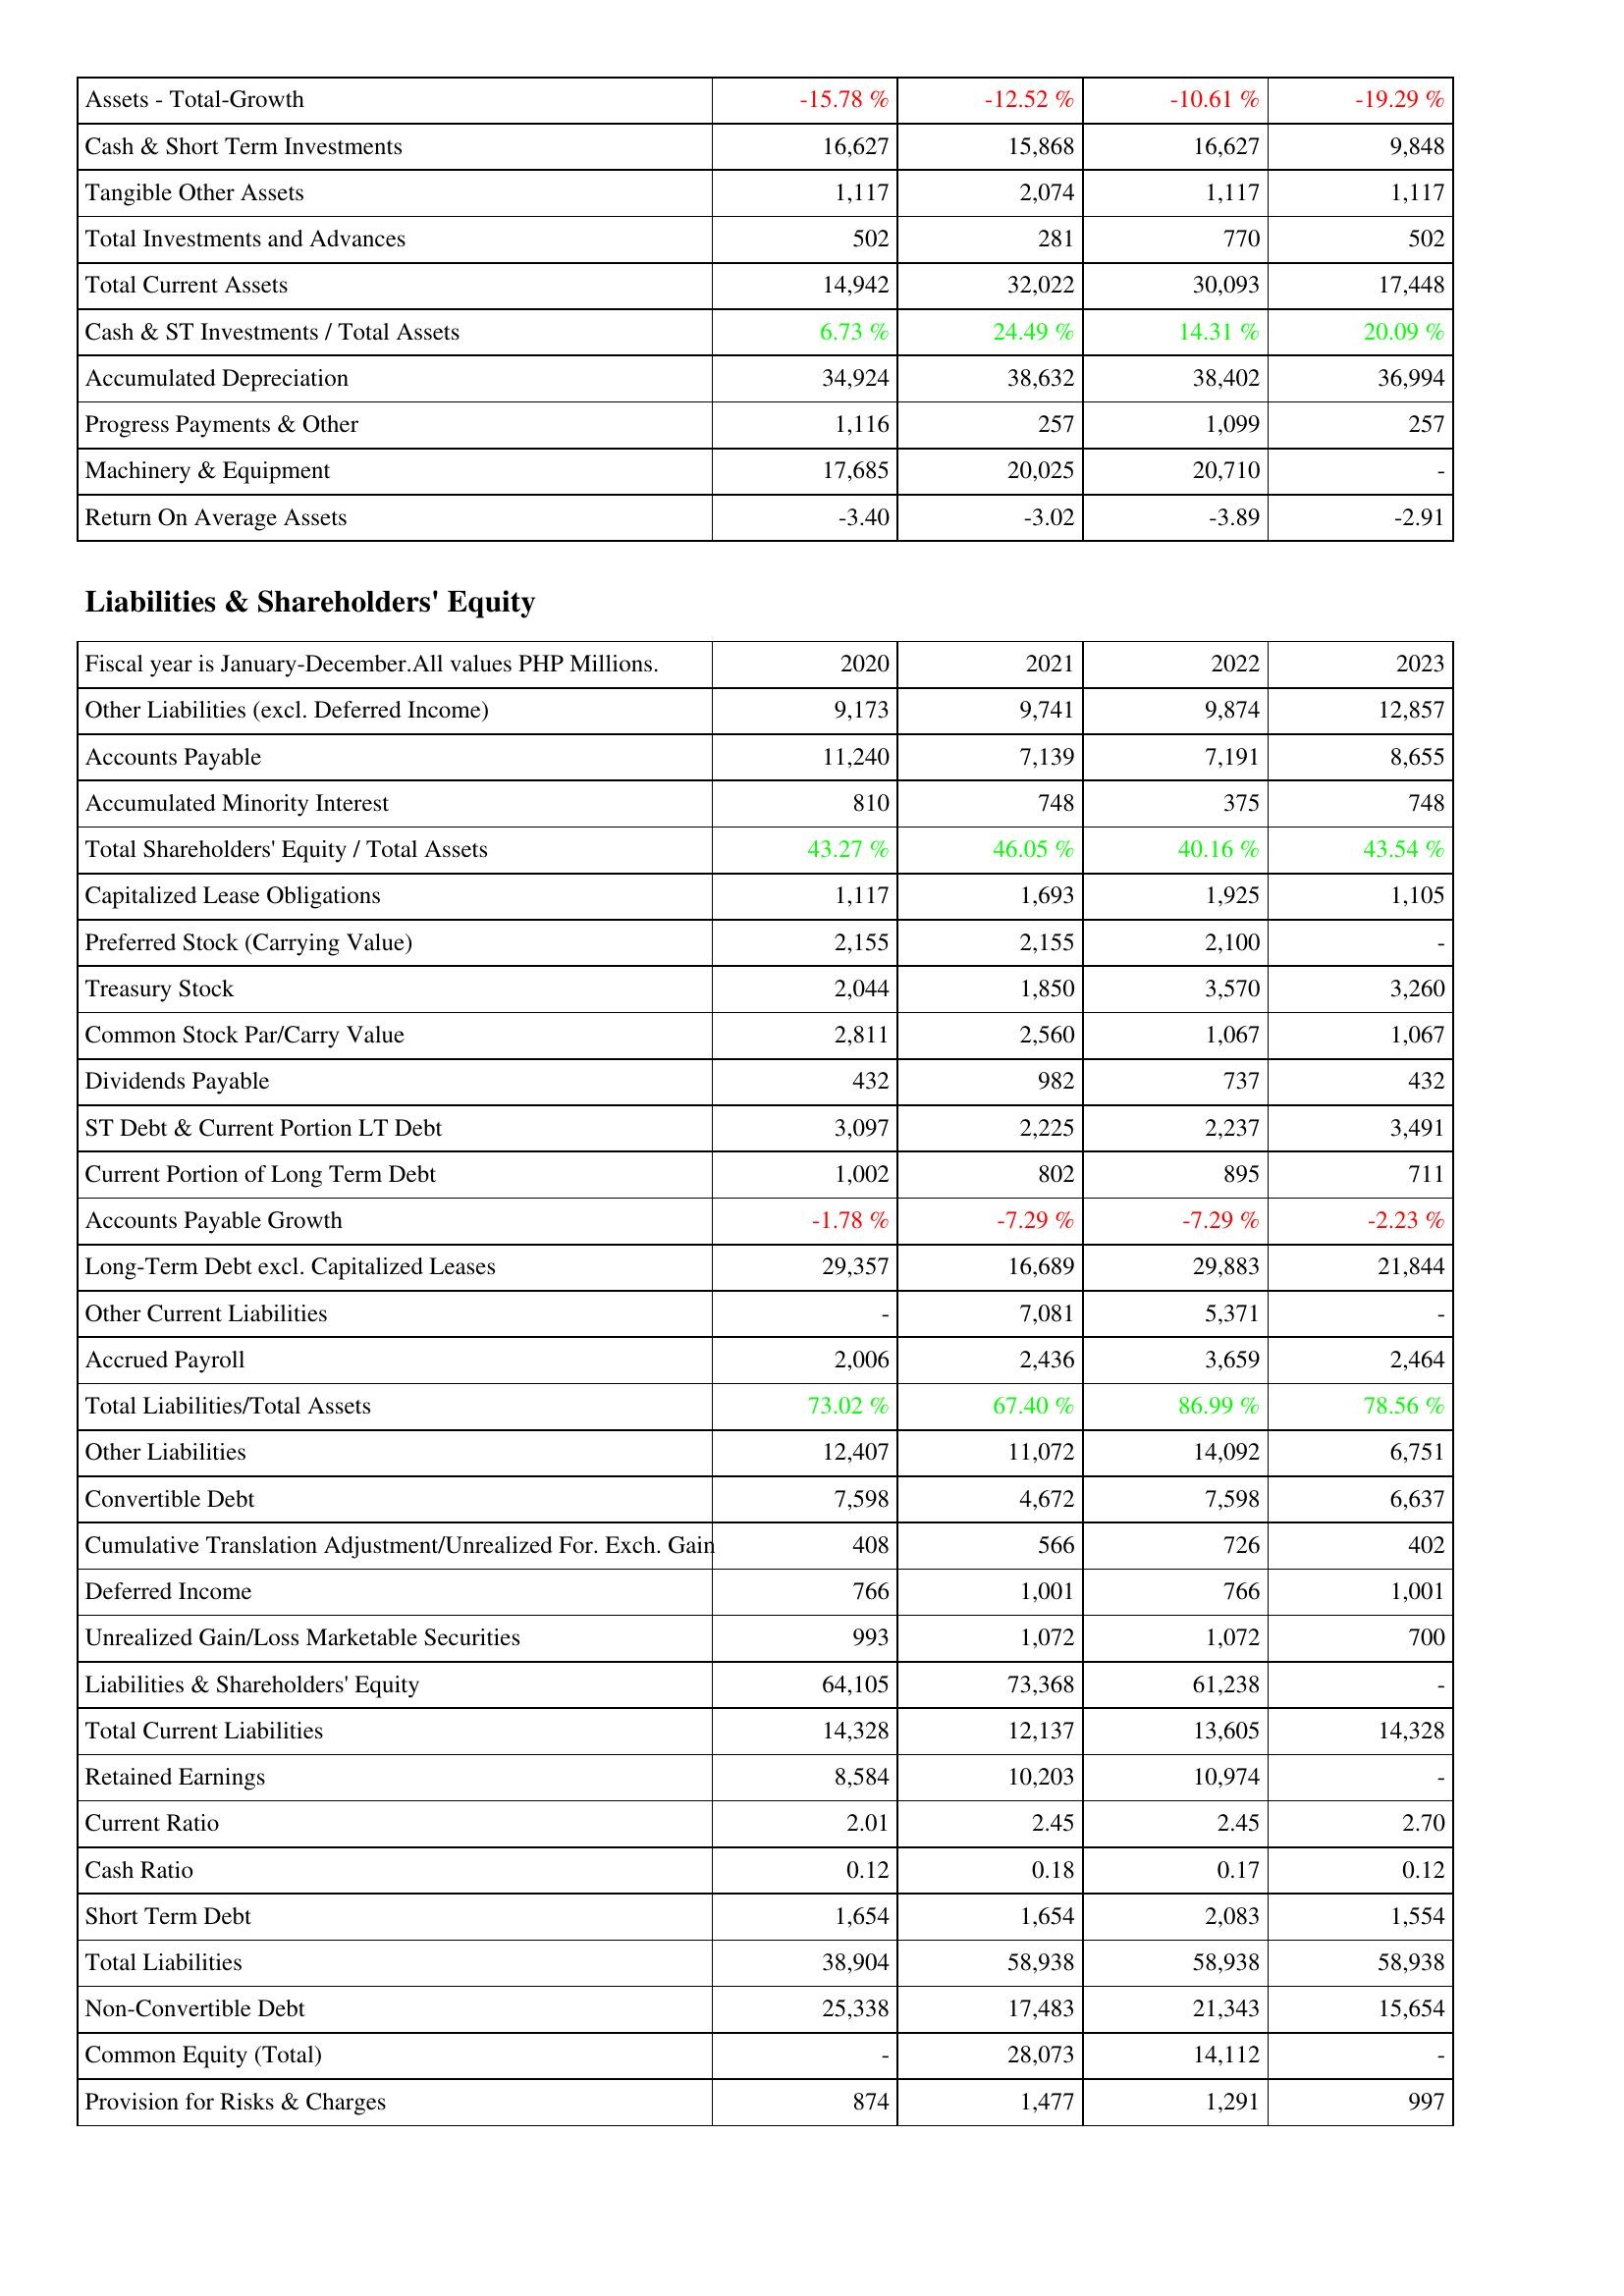
2020: Assets: Assets - Total-Growth: -15.78 %
Cash & Short Term Investments: 16,627
Tangible Other Assets: 1,117
Total Investments and Advances: 502
Total Current Assets: 14,942
Cash & ST Investments / Total Assets: 6.73 %
Accumulated Depreciation: 34,924
Progress Payments & Other: 1,116
Machinery & Equipment: 17,685
Return On Average Assets: -3.40
Liabilities & Shareholders' Equity: Other Liabilities (excl. Deferred Income): 9,173
Accounts Payable: 11,240
Accumulated Minority Interest: 810
Total Shareholders' Equity / Total Assets: 43.27 %
Capitalized Lease Obligations: 1,117
Preferred Stock (Carrying Value): 2,155
Treasury Stock: 2,044
Common Stock Par/Carry Value: 2,811
Dividends Payable: 432
ST Debt & Current Portion LT Debt: 3,097
Current Portion of Long Term Debt: 1,002
Accounts Payable Growth: -1.78 %
Long-Term Debt excl. Capitalized Leases: 29,357
Other Current Liabilities: -
Accrued Payroll: 2,006
Total Liabilities/Total Assets: 73.02 %
Other Liabilities: 12,407
Convertible Debt: 7,598
Cumulative Translation Adjustment/Unrealized For. Exch. Gain: 408
Deferred Income: 766
Unrealized Gain/Loss Marketable Securities: 993
Liabilities & Shareholders' Equity: 64,105
Total Current Liabilities: 14,328
Retained Earnings: 8,584
Current Ratio: 2.01
Cash Ratio: 0.12
Short Term Debt: 1,654
Total Liabilities: 38,904
Non-Convertible Debt: 25,338
Common Equity (Total): -
Provision for Risks & Charges: 874
2021: Assets: Assets - Total-Growth: -12.52 %
Cash & Short Term Investments: 15,868
Tangible Other Assets: 2,074
Total Investments and Advances: 281
Total Current Assets: 32,022
Cash & ST Investments / Total Assets: 24.49 %
Accumulated Depreciation: 38,632
Progress Payments & Other: 257
Machinery & Equipment: 20,025
Return On Average Assets: -3.02
Liabilities & Shareholders' Equity: Other Liabilities (excl. Deferred Income): 9,741
Accounts Payable: 7,139
Accumulated Minority Interest: 748
Total Shareholders' Equity / Total Assets: 46.05 %
Capitalized Lease Obligations: 1,693
Preferred Stock (Carrying Value): 2,155
Treasury Stock: 1,850
Common Stock Par/Carry Value: 2,560
Dividends Payable: 982
ST Debt & Current Portion LT Debt: 2,225
Current Portion of Long Term Debt: 802
Accounts Payable Growth: -7.29 %
Long-Term Debt excl. Capitalized Leases: 16,689
Other Current Liabilities: 7,081
Accrued Payroll: 2,436
Total Liabilities/Total Assets: 67.40 %
Other Liabilities: 11,072
Convertible Debt: 4,672
Cumulative Translation Adjustment/Unrealized For. Exch. Gain: 566
Deferred Income: 1,001
Unrealized Gain/Loss Marketable Securities: 1,072
Liabilities & Shareholders' Equity: 73,368
Total Current Liabilities: 12,137
Retained Earnings: 10,203
Current Ratio: 2.45
Cash Ratio: 0.18
Short Term Debt: 1,654
Total Liabilities: 58,938
Non-Convertible Debt: 17,483
Common Equity (Total): 28,073
Provision for Risks & Charges: 1,477
2022: Assets: Assets - Total-Growth: -10.61 %
Cash & Short Term Investments: 16,627
Tangible Other Assets: 1,117
Total Investments and Advances: 770
Total Current Assets: 30,093
Cash & ST Investments / Total Assets: 14.31 %
Accumulated Depreciation: 38,402
Progress Payments & Other: 1,099
Machinery & Equipment: 20,710
Return On Average Assets: -3.89
Liabilities & Shareholders' Equity: Other Liabilities (excl. Deferred Income): 9,874
Accounts Payable: 7,191
Accumulated Minority Interest: 375
Total Shareholders' Equity / Total Assets: 40.16 %
Capitalized Lease Obligations: 1,925
Preferred Stock (Carrying Value): 2,100
Treasury Stock: 3,570
Common Stock Par/Carry Value: 1,067
Dividends Payable: 737
ST Debt & Current Portion LT Debt: 2,237
Current Portion of Long Term Debt: 895
Accounts Payable Growth: -7.29 %
Long-Term Debt excl. Capitalized Leases: 29,883
Other Current Liabilities: 5,371
Accrued Payroll: 3,659
Total Liabilities/Total Assets: 86.99 %
Other Liabilities: 14,092
Convertible Debt: 7,598
Cumulative Translation Adjustment/Unrealized For. Exch. Gain: 726
Deferred Income: 766
Unrealized Gain/Loss Marketable Securities: 1,072
Liabilities & Shareholders' Equity: 61,238
Total Current Liabilities: 13,605
Retained Earnings: 10,974
Current Ratio: 2.45
Cash Ratio: 0.17
Short Term Debt: 2,083
Total Liabilities: 58,938
Non-Convertible Debt: 21,343
Common Equity (Total): 14,112
Provision for Risks & Charges: 1,291
2023: Assets: Assets - Total-Growth: -19.29 %
Cash & Short Term Investments: 9,848
Tangible Other Assets: 1,117
Total Investments and Advances: 502
Total Current Assets: 17,448
Cash & ST Investments / Total Assets: 20.09 %
Accumulated Depreciation: 36,994
Progress Payments & Other: 257
Machinery & Equipment: -
Return On Average Assets: -2.91
Liabilities & Shareholders' Equity: Other Liabilities (excl. Deferred Income): 12,857
Accounts Payable: 8,655
Accumulated Minority Interest: 748
Total Shareholders' Equity / Total Assets: 43.54 %
Capitalized Lease Obligations: 1,105
Preferred Stock (Carrying Value): -
Treasury Stock: 3,260
Common Stock Par/Carry Value: 1,067
Dividends Payable: 432
ST Debt & Current Portion LT Debt: 3,491
Current Portion of Long Term Debt: 711
Accounts Payable Growth: -2.23 %
Long-Term Debt excl. Capitalized Leases: 21,844
Other Current Liabilities: -
Accrued Payroll: 2,464
Total Liabilities/Total Assets: 78.56 %
Other Liabilities: 6,751
Convertible Debt: 6,637
Cumulative Translation Adjustment/Unrealized For. Exch. Gain: 402
Deferred Income: 1,001
Unrealized Gain/Loss Marketable Securities: 700
Liabilities & Shareholders' Equity: -
Total Current Liabilities: 14,328
Retained Earnings: -
Current Ratio: 2.70
Cash Ratio: 0.12
Short Term Debt: 1,554
Total Liabilities: 58,938
Non-Convertible Debt: 15,654
Common Equity (Total): -
Provision for Risks & Charges: 997